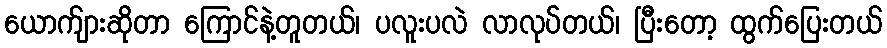
ယောက်ျားဆိုတာ ကြောင်နဲ့တူတယ်၊ ပလူးပလဲ လာလုပ်တယ်၊ ပြီးတော့ ထွက်ပြေးတယ်